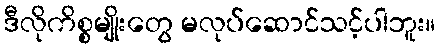
ဒီလိုကိစ္စမျိုးတွေ မလုပ်ဆောင်သင့်ပါဘူး။